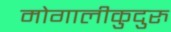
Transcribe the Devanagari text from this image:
मोगालीकुदुरु